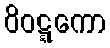
ဝိဝဋ္ဋကော